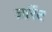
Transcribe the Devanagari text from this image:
जार्रेट